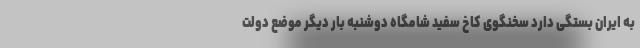
به ایران بستگی دارد سخنگوی کاخ سفید شامگاه دوشنبه بار دیگر موضع دولت